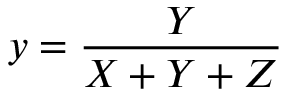
y = { \frac { Y } { X + Y + Z } }